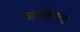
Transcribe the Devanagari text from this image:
व्‍यक्तिवाद